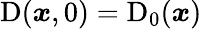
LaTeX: \mathrm{D}(\boldsymbol{x},0)=\mathrm{D}_{0}(\boldsymbol{x})